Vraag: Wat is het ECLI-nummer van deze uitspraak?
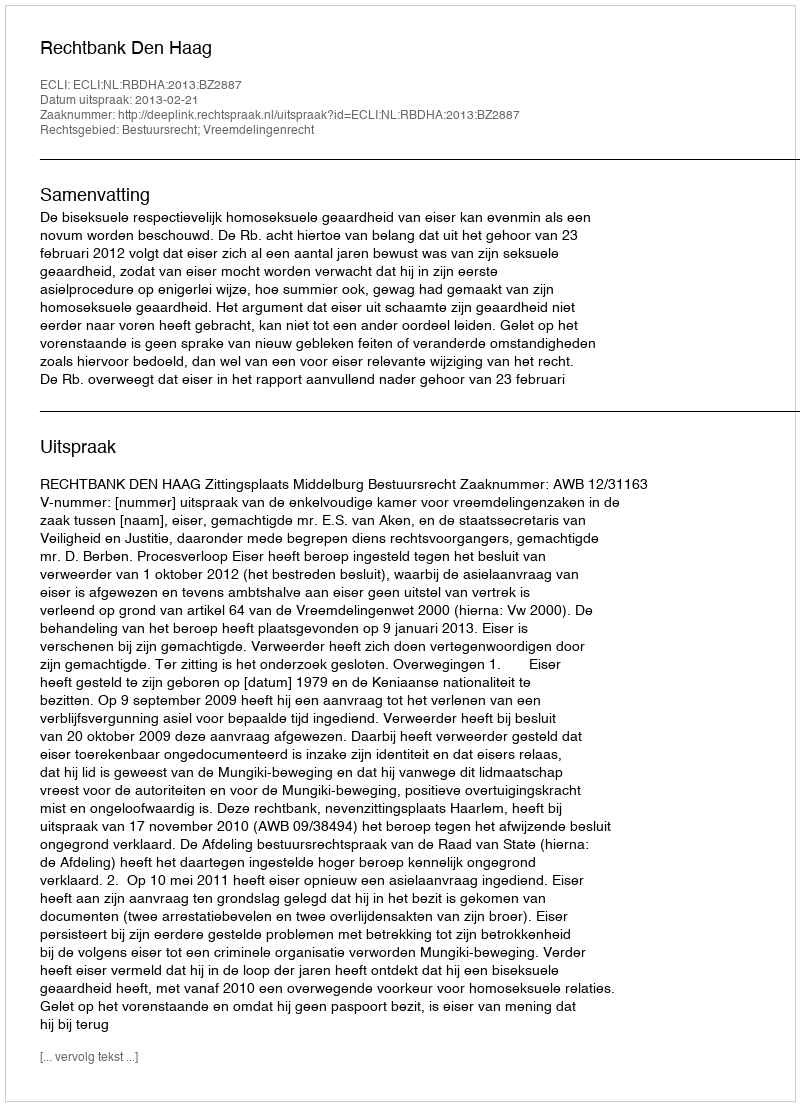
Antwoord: ECLI:NL:RBDHA:2013:BZ2887